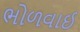
ભોળવાઈ